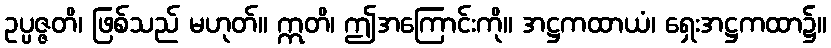
ဥပ္ပဇ္ဇတိ၊ ဖြစ်သည် မဟုတ်။ ဣတိ၊ ဤအကြောင်းကို။ အဋ္ဌကထာယံ၊ ရှေးအဋ္ဌကထာ၌။